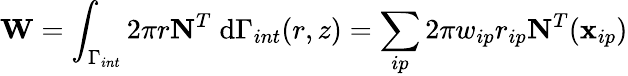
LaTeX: \mathbf{W}=\int_{\Gamma_{int}}2\pi r\mathbf{N}^{T}\; \mathrm{d}\Gamma_{int}(r,z)=\sum_{ip}2\pi w_{ip}r_{ip}\mathbf{N}^{T}(\mathbf{x}_{ip})